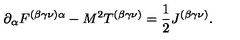
\partial _ { \alpha } F ^ { ( \beta \gamma \nu ) \alpha } - M ^ { 2 } T ^ { ( \beta \gamma \nu ) } = \frac { 1 } { 2 } J ^ { ( \beta \gamma \nu ) } .